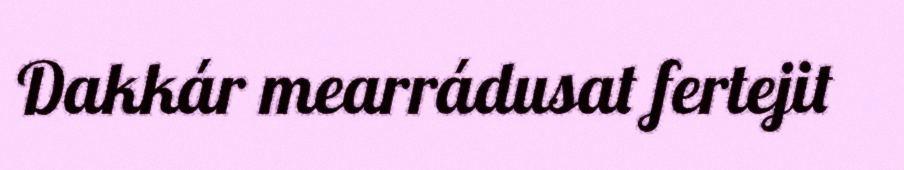
Dakkár mearrádusat fertejit